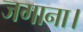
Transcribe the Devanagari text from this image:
जगाना।